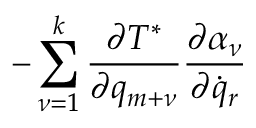
- \sum _ { \nu = 1 } ^ { k } \frac { \partial T ^ { * } } { \partial q _ { m + \nu } } \frac { \partial \alpha _ { \nu } } { \partial { \dot { q } _ { r } } }